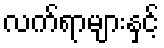
လက်ရာများနှင့်